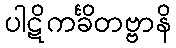
ပါဋိကင်္ခိတဗ္ဗာနိ